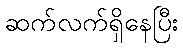
ဆက်လက်ရှိနေပြီး